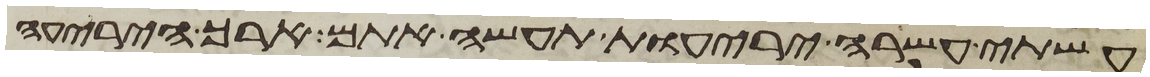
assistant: עשתה עשרה יריעות תעשה אתם ארך היריעה